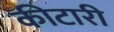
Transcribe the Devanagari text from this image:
कीटारी